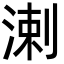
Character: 溂